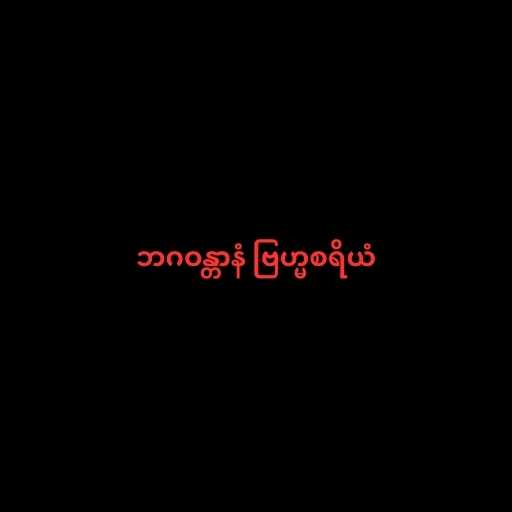
ဘဂဝန္တာနံ ဗြဟ္မစရိယံ